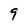
Character: 9